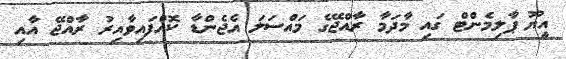
އީޔޫ ޕާލިމެންޓް ގައި މާދަމާ ރާއްޖޭގެ މައްސަލަ އެޖެންޑާ ކޮއްފައިވާއިރު ރާއްޖޭ އާއި